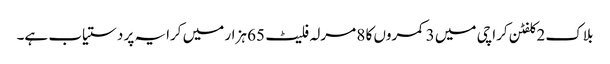
بلاک 2 کلفٹن کراچی میں 3 کمروں کا 8 مرلہ فلیٹ 65 ہزار میں کرایہ پر دستیاب ہے۔